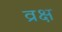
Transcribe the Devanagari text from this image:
व्रक्ष